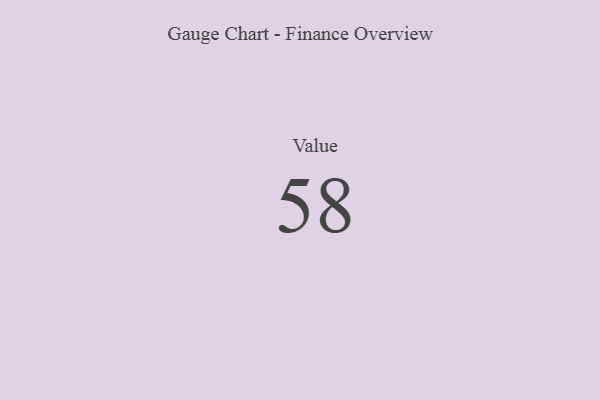
{"axis": {"x": "Metric", "y": "Value"}, "legend": [""], "data": [{"x": "Value", "y": 58, "type": ""}]}